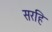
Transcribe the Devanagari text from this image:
सरहि